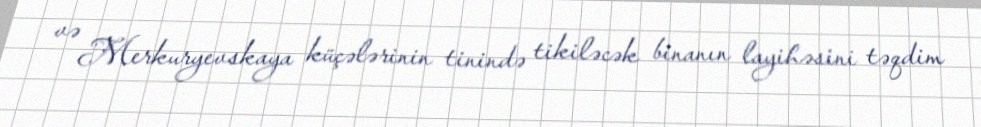
və Merkuryevskaya küçələrinin tinində tikiləcək binanın layihəsini təqdim